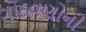
ગોઠવણોની